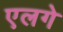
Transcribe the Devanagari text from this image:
एलगे